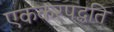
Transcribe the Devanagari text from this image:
एककरपद्धति